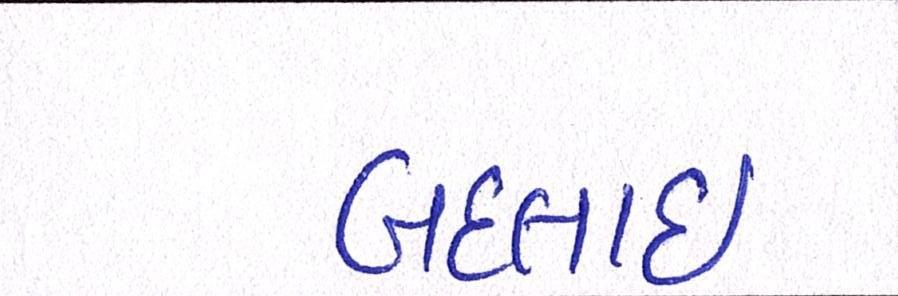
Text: બદલાઈ